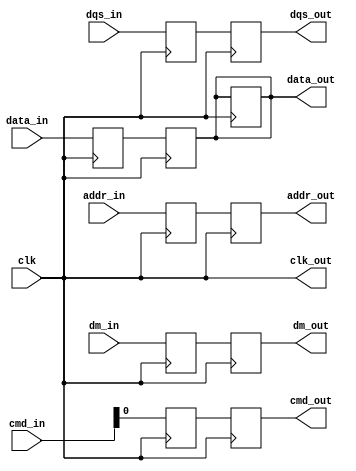
module ddr5_io_block (
    input wire clk,                   // High-frequency clock input
    input wire [63:0] data_in,       // 64-bit data input from memory controller
    input wire [7:0] dqs_in,         // Differential Data Strobe input
    input wire [7:0] cmd_in,         // Command signals (active, read, write, precharge)
    input wire [7:0] addr_in,        // Address signals
    input wire [7:0] dm_in,          // Data Mask signals for write operations
    output wire [63:0] data_out,     // 64-bit data output to DDR5 memory
    output wire [7:0] dqs_out,       // Differential Data Strobe output
    output wire cmd_out,              // Command output to memory
    output wire [7:0] addr_out,      // Address output to memory
    output wire [7:0] dm_out,        // Data Mask output
    output wire clk_out               // Clock output for clock forwarding
);

    // Internal signals
    reg [63:0] data_reg;
    reg [7:0] dqs_reg;
    reg cmd_reg;
    reg [7:0] addr_reg;
    reg [7:0] dm_reg;

    // Input Buffer
    always @(posedge clk) begin
        data_reg <= data_in;           // Capture incoming data
        dqs_reg <= dqs_in;             // Capture incoming DQS
        cmd_reg <= cmd_in;             // Capture command signals
        addr_reg <= addr_in;           // Capture address signals
        dm_reg <= dm_in;               // Capture data mask signals
    end

    // Output Buffer
    always @(posedge clk) begin
        data_out <= data_reg;          // Drive outgoing data
        dqs_out <= dqs_reg;            // Drive outgoing DQS
        cmd_out <= cmd_reg;            // Drive command signals
        addr_out <= addr_reg;          // Drive address signals
        dm_out <= dm_reg;              // Drive data mask signals
    end

    // Clock Management (example)
    assign clk_out = clk;             // Simple clock forwarding

    // Command Decoder (simplified)
    always @(posedge clk) begin
        case (cmd_reg)
            8'b00000001: begin
                // Handle active command
            end
            8'b00000010: begin
                // Handle read command
            end
            8'b00000011: begin
                // Handle write command
            end
            8'b00000100: begin
                // Handle precharge command
            end
            default: begin
                // Handle other commands
            end
        endcase
    end

    // Data Masking Logic (for write operations)
    wire [63:0] masked_data;
    assign masked_data = data_reg & {64{~dm_reg}}; // Apply data mask

    // Output the masked data during write operations
    always @(posedge clk) begin
        if (cmd_reg == 8'b00000010) begin // Assume write command
            data_out <= masked_data; // Output masked data
        end
    end

    // Additional features like calibration, error correction, and BIST can be added here

endmodule